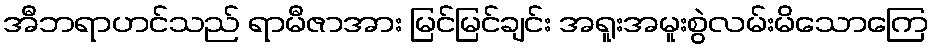
အီဘရာဟင်သည် ရာမီဇာအား မြင်မြင်ချင်း အရူးအမူးစွဲလမ်းမိသောကြေ